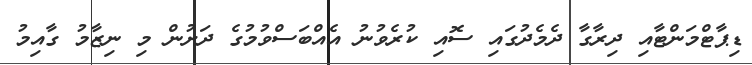
ޑިޕާޓްމަންޓާއި ދިރާގާ ދެމެދުގައި ސޮއި ކުރެވުނު އެއްބަސްވުމުގެ ދަށުން މި ނިޒާމު ގާއިމު